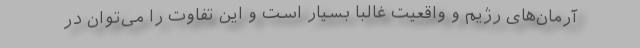
آرمان‌های رژیم و واقعیت غالبا بسیار است و این تفاوت را می‌توان در